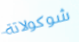
شوكولاتة